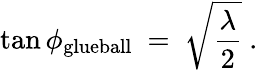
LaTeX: \tan\phi_{\mathrm{glueball}}\ =\ \sqrt{\frac\lambda 2}\ .